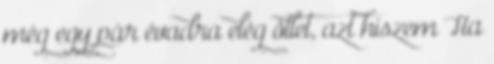
még egy pár évadra elég ötlet, azt hiszem Ha